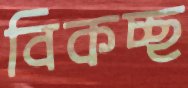
বিকচ্ছ